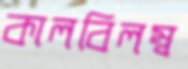
কালবিলম্ব